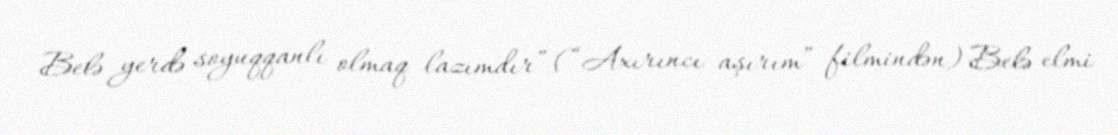
Belə yerdə soyuqqanlı olmaq lazımdır” (“Axırıncı aşırım” filmindən) Belə elmi